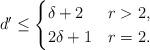
LaTeX: \begin{align*} d' \leq \begin{cases} \delta+2 & r>2,\\ 2\delta+1 & r=2. \end{cases} \end{align*}